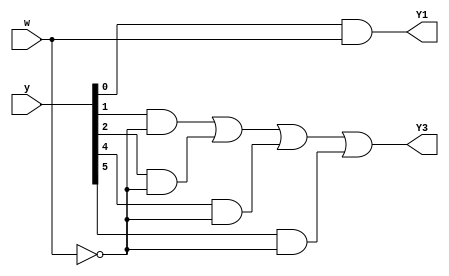
module top_module (
    input [6:1] y,
    input w,
    output Y1,
    output Y3
);

    reg [6:1] NS;
    
    assign Y1 = NS[2];
    assign Y3 = NS[4];
    
    assign NS[1] = (y[1]& ~w) | (y[4]& ~w);
    assign NS[2] = (y[1]& w);
    assign NS[3] = (y[2]& w) | (y[6]& w);
    assign NS[4] = (y[2]& ~w) | (y[3]& ~w) | (y[5]& ~w) | (y[6]& ~w);
    assign NS[5] = (y[3]& w) | (y[5]& w);
    assign NS[6] = (y[4]& w);
    
endmodule